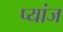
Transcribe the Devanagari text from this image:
प्यांज